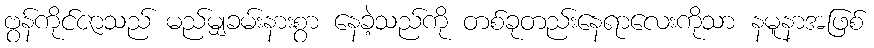
ဗွန်ကိုင်ဇာသည် မည်မျှခမ်းနားစွာ နေခဲ့သည်ကို တစ်ခုတည်းနေရာလေးကိုသာ နမူနာအဖြစ်